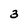
Character: 3